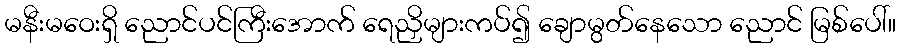
မနီးမဝေးရှိ ညောင်ပင်ကြီးအောက် ရေညှိများကပ်၍ ချောမွတ်နေသော ညောင် မြစ်ပေါ်။